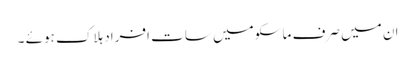
ان میں صرف ماسکو میں سات افراد ہلاک ہوئے ۔